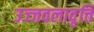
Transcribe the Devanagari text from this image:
उज्जवलावृत्ति